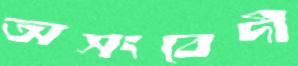
অসংবেদী